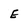
Character: E